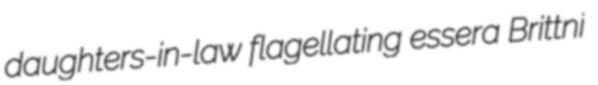
daughters-in-law flagellating essera Brittni